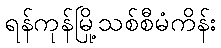
ရန်ကုန်မြို့သစ်စီမံကိန်း